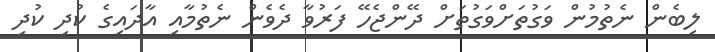
ލިބެން ނެތުމުން ވަގުތަށްވަގުތަށް ދޭންޖެހޭ ފަރުވާ ދެވެން ނެތުމާއި އާދައިގެ ކުދި ކުދި